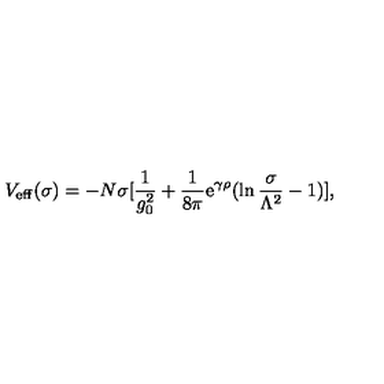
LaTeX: V _ { \mathrm { e f f } } ( \sigma ) = - N \sigma [ { \frac { 1 } { g _ { 0 } ^ { 2 } } } + { \frac { 1 } { 8 \pi } } \mathrm { e } ^ { \gamma \rho } ( \ln { \frac { \sigma } { \Lambda ^ { 2 } } } - 1 ) ] ,